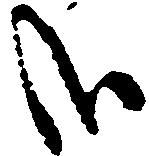
哉